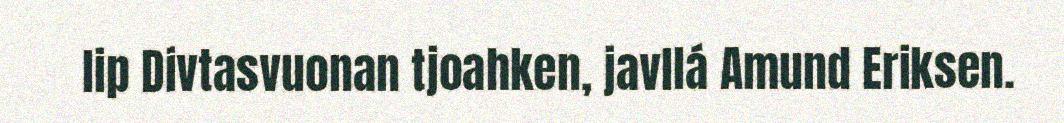
lip Divtasvuonan tjoahken, javllá Amund Eriksen.